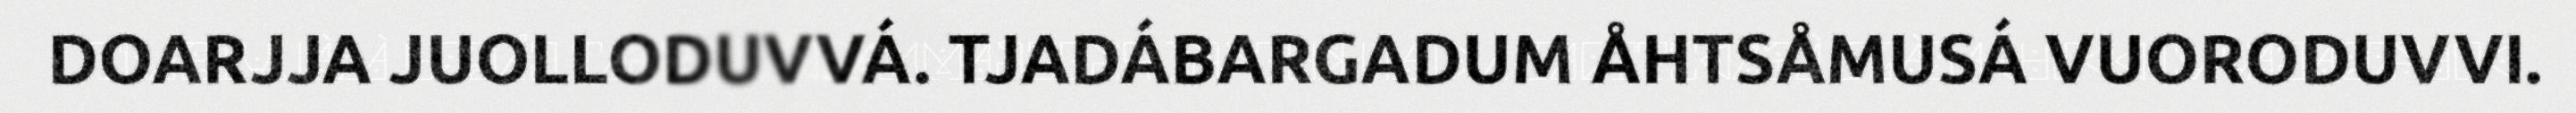
DOARJJA JUOLLODUVVÁ. TJADÁBARGADUM ÅHTSÅMUSÁ VUORODUVVI.